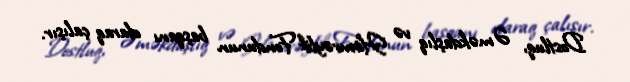
Dostluq, Əməkdaşlıq və Həmrəylik Fondunun başqanı olaraq çalışır.